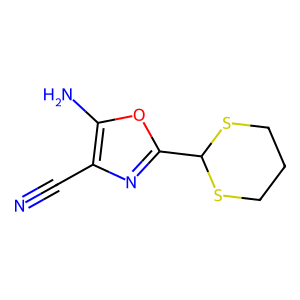
SMILES: N#Cc1nc(C2SCCCS2)oc1N
Inhibits HIV replication: No